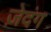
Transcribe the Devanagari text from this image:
ज़ेदंग